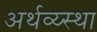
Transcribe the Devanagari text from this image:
अर्थव्य्स्था